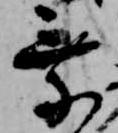
乗